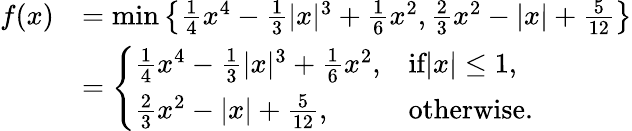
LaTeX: \begin{array}{rl}{f(x)}&{=\operatorname*{min}\left\{ \frac{1}{4}x^{4}-\frac{1}{3}|x|^{3}+\frac{1}{6}x^{2},\frac{2}{3}x^{2}-|x|+\frac{5}{12}\right\} }\\ &{=\left\{ \begin{array}{ll}{\frac{1}{4}x^{4}-\frac{1}{3}|x|^{3}+\frac{1}{6}x^{2},}&{\textrm{if}|x|\le 1,}\\ {\frac{2}{3}x^{2}-|x|+\frac{5}{12},}&{\textrm{otherwise}.}\end{array}\right.}\end{array}